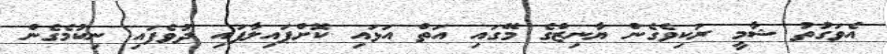
އެވަގުތު ޝާމީ ރަކިވެގެން ޔާނިޒްގެ މޭގައި އަތް އަަަޅައި ކޮށްޕައިލާފައި ދުވެފައި ނިކުމެގެން